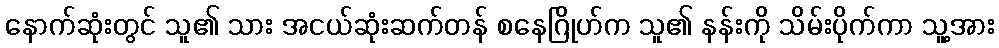
နောက်ဆုံးတွင် သူ၏ သား အငယ်ဆုံးဆက်တန် စနေဂြိုဟ်က သူ၏ နန်းကို သိမ်းပိုက်ကာ သူ့အား